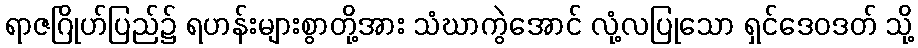
ရာဇဂြိုဟ်ပြည်၌ ရဟန်းများစွာတို့အား သံဃာကွဲအောင် လုံ့လပြုသော ရှင်ဒေဝဒတ် သို့